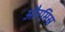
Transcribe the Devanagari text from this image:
औरमिस्र